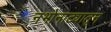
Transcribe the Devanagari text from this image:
नभोनाट्यातून